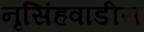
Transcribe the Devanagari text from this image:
नृसिंहवाडीस